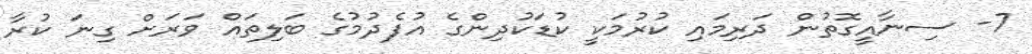
7- ސިނާއީގޮތުން ދަރިމައި ކުރުމަކީ ކުޑަކުދިންގެ އުފެދުމުގެ ބަލިތައް ވަރަށް ގިނަ ކުރާ